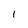
Character: l